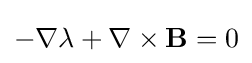
-\nabla \lambda +\nabla \times \mathbf {B} =0